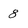
Character: 8